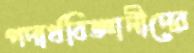
পদার্থবিজ্ঞানীদের